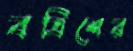
বত্রিশের